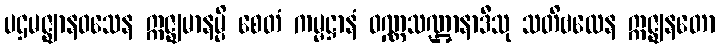
ပဌမဇ္ဈာနဝသေန ဣဇ္ဈမာနမ္ပိ စေတံ ကမ္မဋ္ဌာနံ ဝဏ္ဏသဏ္ဌာနာဒီသု သတိဗလေန ဣဇ္ဈနတော